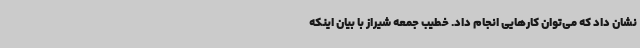
نشان داد که می‌توان کارهایی انجام داد. خطیب جمعه شیراز با بیان اینکه